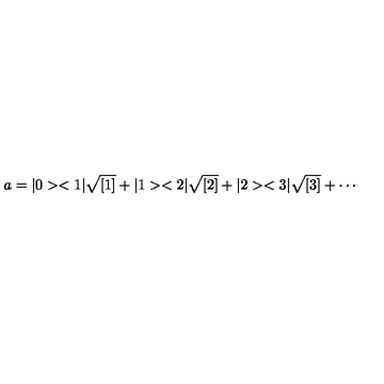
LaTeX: a = | 0 > < 1 | \sqrt { [ 1 ] } + | 1 > < 2 | \sqrt { [ 2 ] } + | 2 > < 3 | \sqrt { [ 3 ] } + \cdots